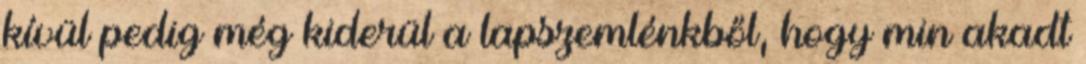
kívül pedig még kiderül a lapszemlénkből, hogy min akadt